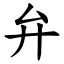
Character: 弁